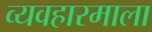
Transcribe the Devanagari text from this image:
व्यवहारमाला